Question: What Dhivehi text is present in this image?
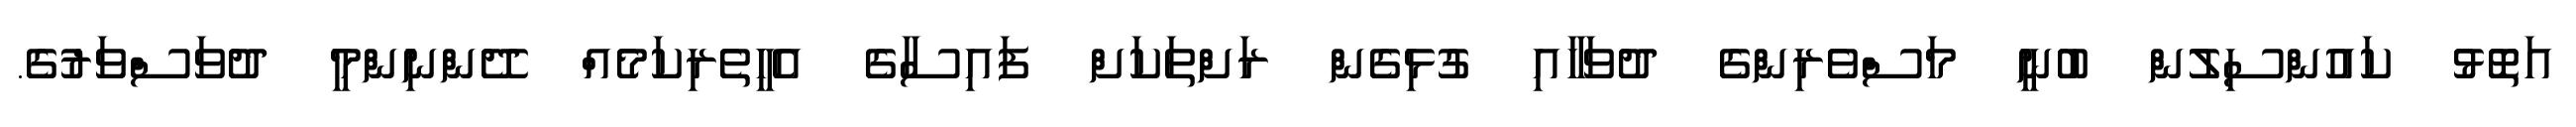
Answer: އަތޮޅު ކައުންސިލުން ބުނީ މަސްވެރިންގެ ދުވަހާއި ގުޅިގެން ރަށްތަކަށް ފައިސާގެ އެހީތެރިކަމެއް ދޭންނިންމީ ދުވަސްވަރުގެ.